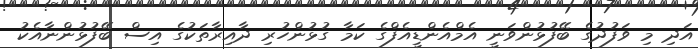
އަދި މި ވަފުދުގެ ބޭފުޅުންވަނީ އެމްއެންޑީއެފްގެ ކަމާ ގުޅުންހުރި ދާއިރާތަކުގެ އިސް ބޭފުޅުންނާއެކު